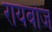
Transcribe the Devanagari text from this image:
रायबोज